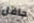
حافل